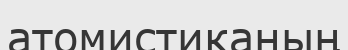
атомистиканың